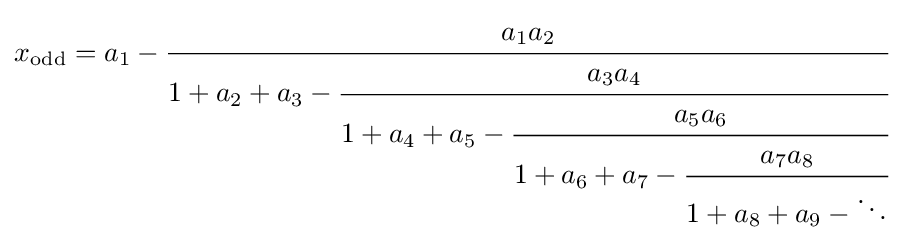
x_{\text{odd}}=a_{1}-{\cfrac {a_{1}a_{2}}{1+a_{2}+a_{3}-{\cfrac {a_{3}a_{4}}{1+a_{4}+a_{5}-{\cfrac {a_{5}a_{6}}{1+a_{6}+a_{7}-{\cfrac {a_{7}a_{8}}{1+a_{8}+a_{9}-\ddots }}}}}}}}